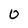
Character: 0